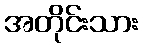
အတိုင်းသား